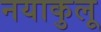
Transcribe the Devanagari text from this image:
नयाकुलू